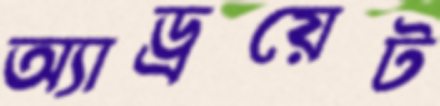
অ্যাড্রয়েট